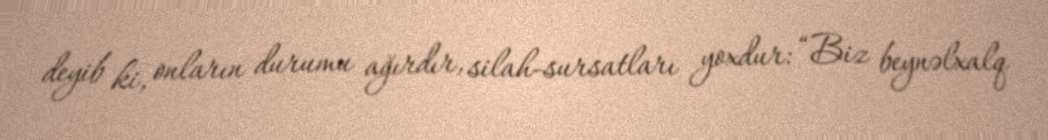
deyib ki, onların durumu ağırdır, silah-sursatları yoxdur: “Biz beynəlxalq